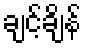
ချင့်ချိန်